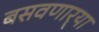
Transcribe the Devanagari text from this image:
बसवणार्‍या